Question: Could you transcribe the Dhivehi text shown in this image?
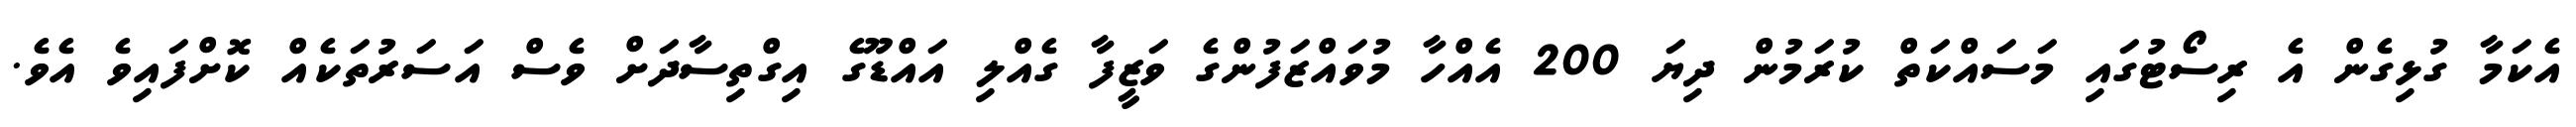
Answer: އެކަމާ ގުޅިގެން އެ ރިސޯޓުގައި މަސައްކަތް ކުރަމުން ދިޔަ 200 އެއްހާ މުވައްޒަފުންގެ ވަޒީފާ ގެއްލި އައްޑޫގެ އިގްތިސާދަށް ވެސް އަސަރުތަކެއް ކޮށްފައިވެ އެވެ.